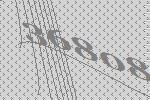
36808